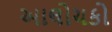
આલોચકો